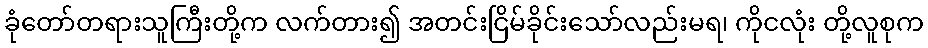
ခုံတော်တရားသူကြီးတို့က လက်တား၍ အတင်းငြိမ်ခိုင်းသော်လည်းမရ၊ ကိုငလုံး တို့လူစုက